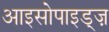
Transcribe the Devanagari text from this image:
आइसोपाइड्ज़